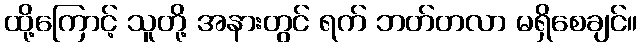
ထို့ကြောင့် သူတို့ အနားတွင် ရက် ဘတ်တလာ မရှိစေချင်။